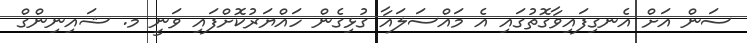
ސަން އަށް އެނގިފައިވާގޮތުގައި އެ މައްސަލައާ ގުޅިގެން ހައްޔަރުކޮށްފައި ވަނީ މ. ޝައިނިންގް